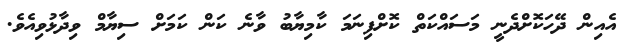
އެއިން ދޭހަކޮށްދެނީ މަސައްކަތް ކޮށްފިނަމަ ކާމިޔާބު ވާނެ ކަން ކަމަށް ސިޔާމް ވިދާޅުވިއެވެ.